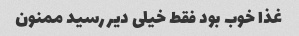
غذا خوب بود فقط خیلی دیر رسید ممنون